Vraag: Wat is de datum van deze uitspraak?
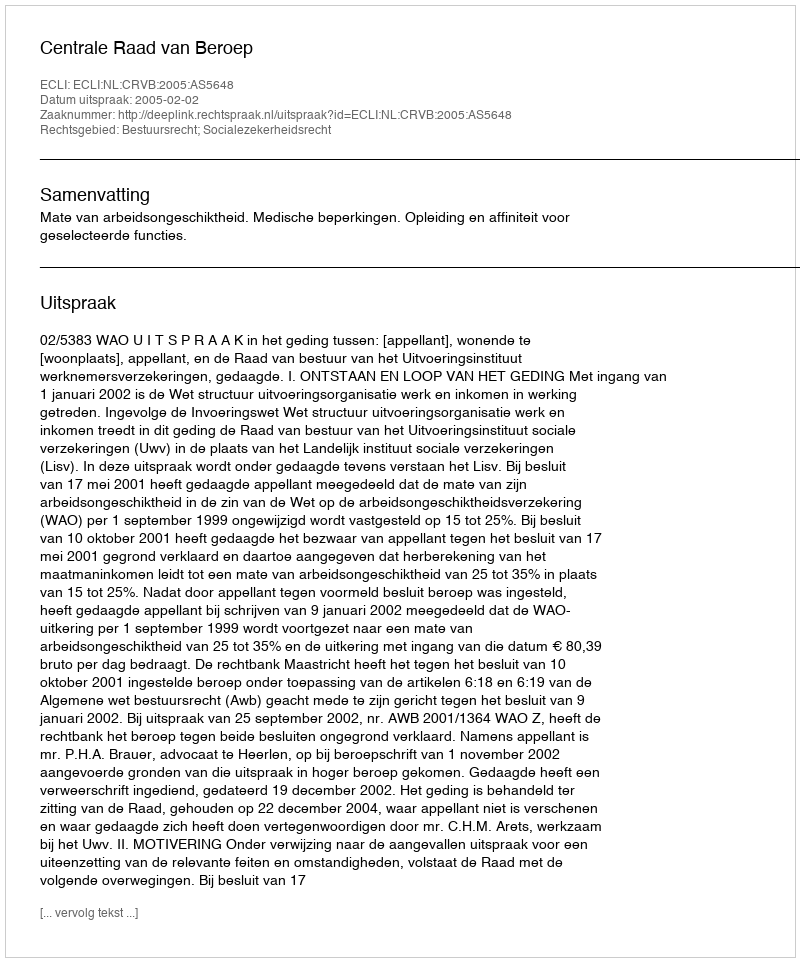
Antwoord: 2005-02-02